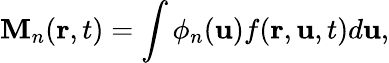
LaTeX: \mathbf{M}_{n}(\mathbf{{r}},t)=\int\phi_{n}(\mathbf{{u}})f(\mathbf{{r}},\mathbf{{u}},t)d\mathbf{{u}},